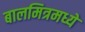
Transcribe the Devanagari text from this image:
बालमित्रमध्ये